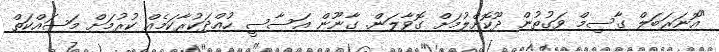
"އޮނަރަބަލް ގާސިމް ވަގުތުން ދޫކޮށްލުމަށް ގޮވާލަން. ގާނޫން އަަސާސީ ހުއްދަކުރާކަމެއް ކުރުމަށް މަސައްކަތް